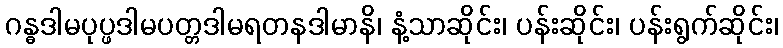
ဂန္ဓဒါမပုပ္ဖဒါမပတ္တဒါမရတနဒါမာနိ၊ နံ့သာဆိုင်း၊ ပန်းဆိုင်း၊ ပန်းရွက်ဆိုင်း၊